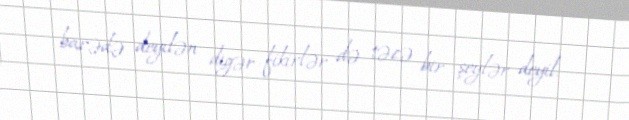
barədə deyilən digər fikirlər də təzə bir şeylər deyil.